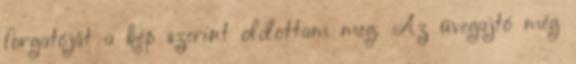
forgatóját a kép szerint oldottam meg. Az üvegajtó még